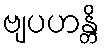
ဗျပဟန္တိ